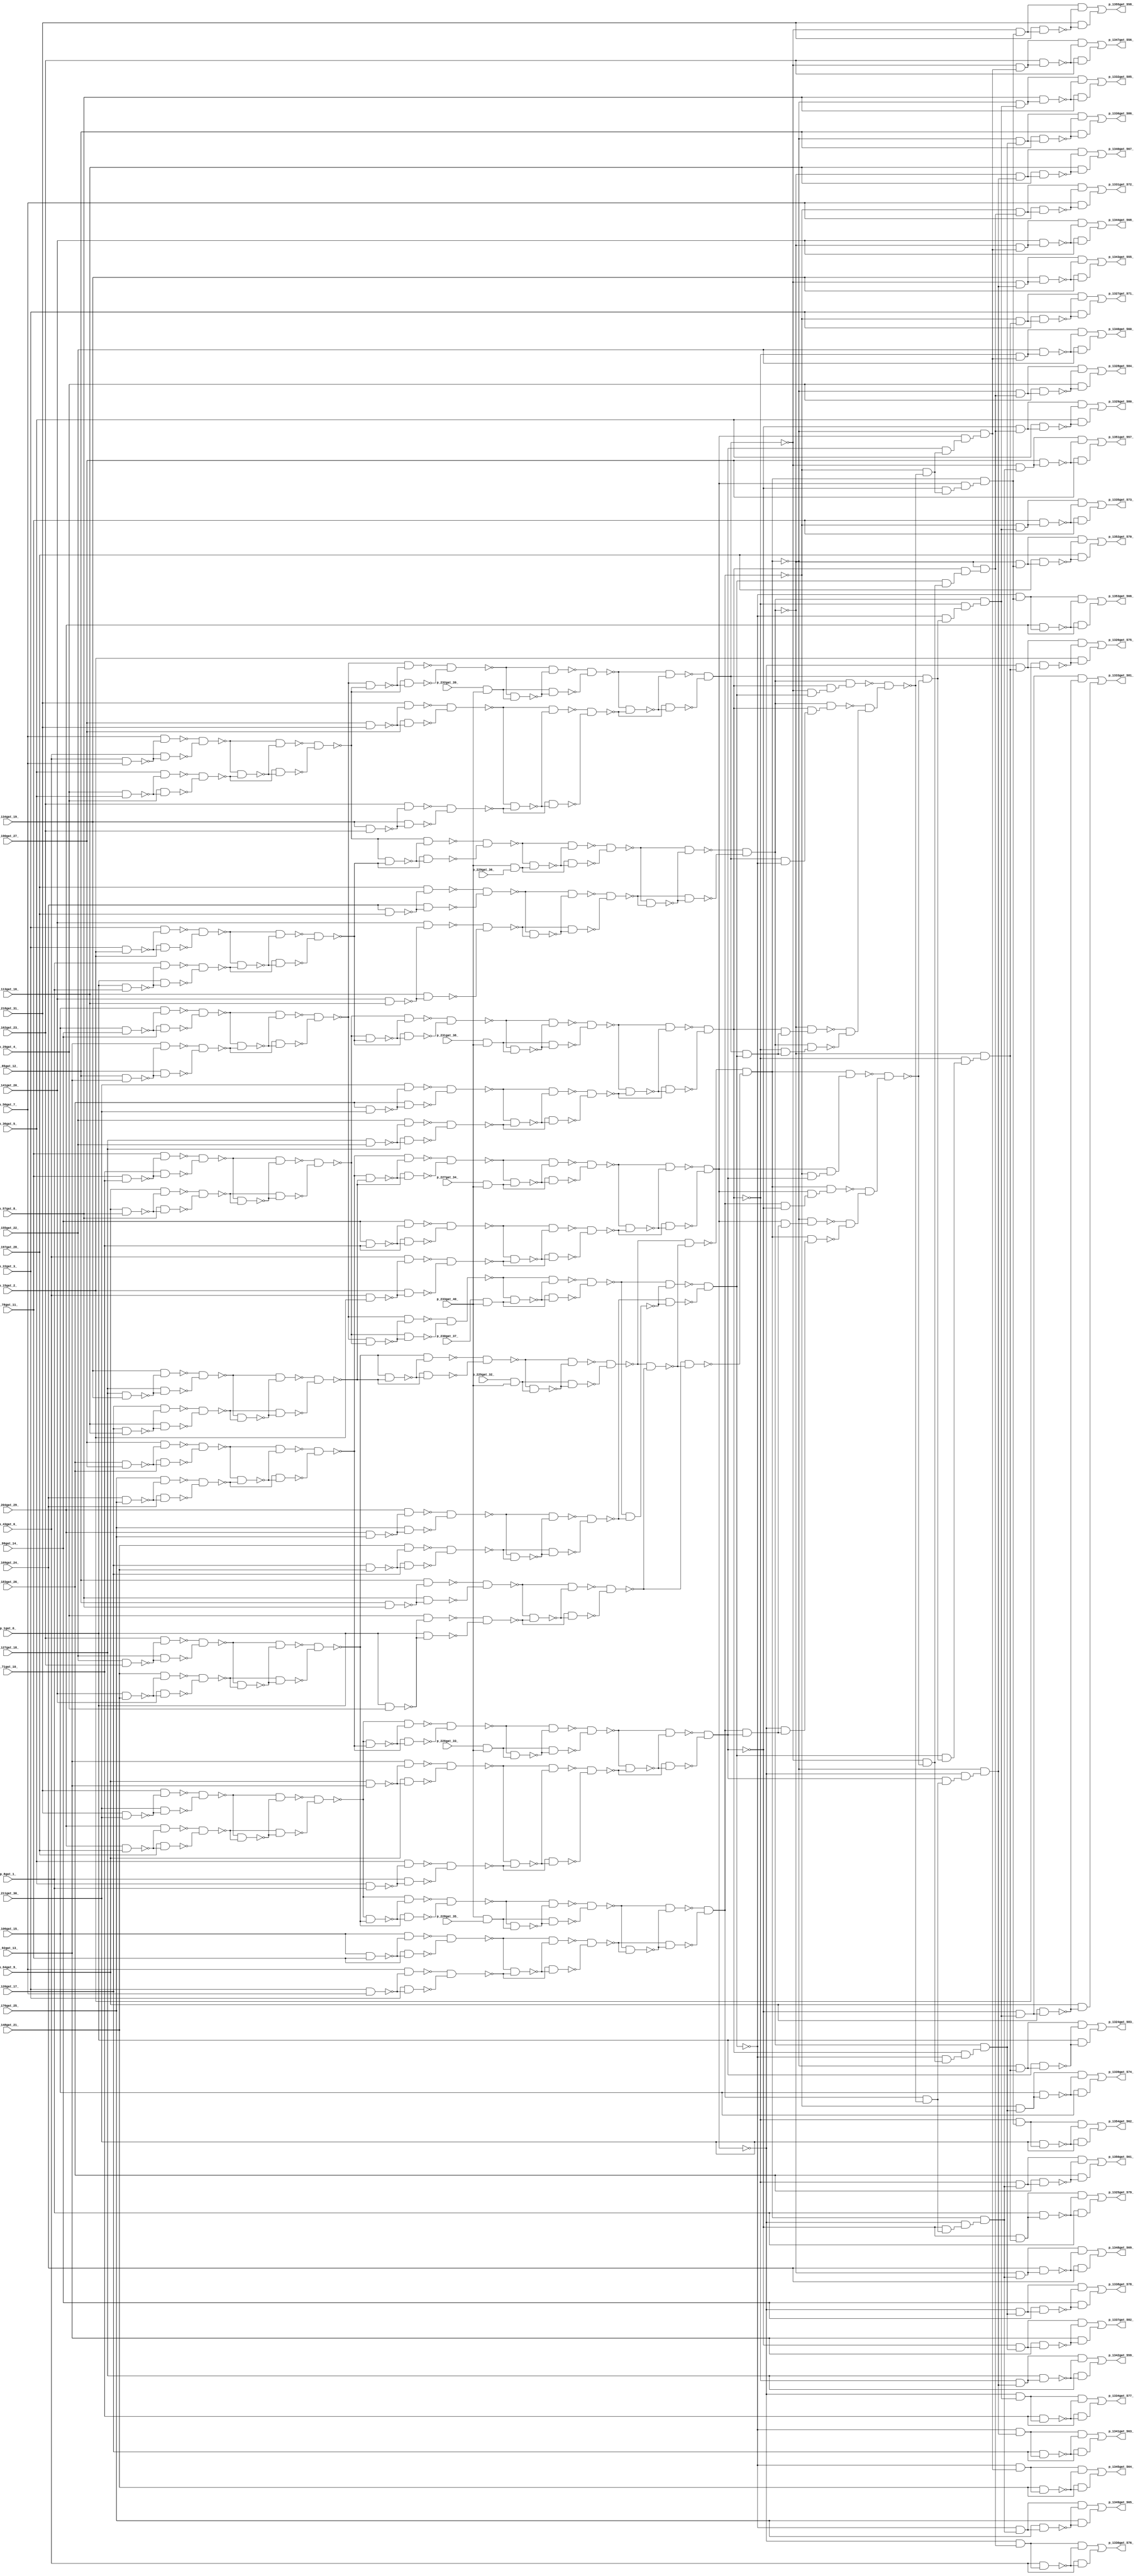
module top ( 
    p_127gat_18_, p_155gat_22_, p_120gat_17_, p_64gat_9_, p_106gat_15_,
    p_204gat_29_, p_1gat_0_, p_43gat_6_, p_85gat_12_, p_141gat_20_,
    p_183gat_26_, p_57gat_8_, p_148gat_21_, p_169gat_24_, p_225gat_32_,
    p_99gat_14_, p_230gat_37_, p_134gat_19_, p_162gat_23_, p_29gat_4_,
    p_78gat_11_, p_226gat_33_, p_22gat_3_, p_231gat_38_, p_36gat_5_,
    p_113gat_16_, p_8gat_1_, p_50gat_7_, p_227gat_34_, p_92gat_13_,
    p_197gat_28_, p_232gat_39_, p_233gat_40_, p_71gat_10_, p_190gat_27_,
    p_15gat_2_, p_228gat_35_, p_176gat_25_, p_218gat_31_, p_211gat_30_,
    p_229gat_36_,
    p_1332gat_585_, p_1331gat_572_, p_1334gat_577_, p_1354gat_562_,
    p_1352gat_570_, p_1336gat_586_, p_1330gat_576_, p_1335gat_573_,
    p_1353gat_566_, p_1329gat_580_, p_1328gat_584_, p_1342gat_559_,
    p_1351gat_557_, p_1333gat_581_, p_1349gat_565_, p_1350gat_561_,
    p_1348gat_569_, p_1347gat_556_, p_1341gat_563_, p_1325gat_579_,
    p_1326gat_575_, p_1344gat_568_, p_1324gat_583_, p_1343gat_555_,
    p_1345gat_564_, p_1337gat_582_, p_1327gat_571_, p_1340gat_567_,
    p_1346gat_560_, p_1339gat_574_, p_1355gat_558_, p_1338gat_578_  );
  input  p_127gat_18_, p_155gat_22_, p_120gat_17_, p_64gat_9_,
    p_106gat_15_, p_204gat_29_, p_1gat_0_, p_43gat_6_, p_85gat_12_,
    p_141gat_20_, p_183gat_26_, p_57gat_8_, p_148gat_21_, p_169gat_24_,
    p_225gat_32_, p_99gat_14_, p_230gat_37_, p_134gat_19_, p_162gat_23_,
    p_29gat_4_, p_78gat_11_, p_226gat_33_, p_22gat_3_, p_231gat_38_,
    p_36gat_5_, p_113gat_16_, p_8gat_1_, p_50gat_7_, p_227gat_34_,
    p_92gat_13_, p_197gat_28_, p_232gat_39_, p_233gat_40_, p_71gat_10_,
    p_190gat_27_, p_15gat_2_, p_228gat_35_, p_176gat_25_, p_218gat_31_,
    p_211gat_30_, p_229gat_36_;
  output p_1332gat_585_, p_1331gat_572_, p_1334gat_577_, p_1354gat_562_,
    p_1352gat_570_, p_1336gat_586_, p_1330gat_576_, p_1335gat_573_,
    p_1353gat_566_, p_1329gat_580_, p_1328gat_584_, p_1342gat_559_,
    p_1351gat_557_, p_1333gat_581_, p_1349gat_565_, p_1350gat_561_,
    p_1348gat_569_, p_1347gat_556_, p_1341gat_563_, p_1325gat_579_,
    p_1326gat_575_, p_1344gat_568_, p_1324gat_583_, p_1343gat_555_,
    p_1345gat_564_, p_1337gat_582_, p_1327gat_571_, p_1340gat_567_,
    p_1346gat_560_, p_1339gat_574_, p_1355gat_558_, p_1338gat_578_;
  wire new_n74_, new_n75_, new_n76_, new_n77_, new_n78_, new_n79_, new_n80_,
    new_n81_, new_n82_, new_n83_, new_n84_, new_n85_, new_n86_, new_n87_,
    new_n88_, new_n89_, new_n90_, new_n91_, new_n92_, new_n93_, new_n94_,
    new_n95_, new_n96_, new_n97_, new_n98_, new_n99_, new_n100_, new_n101_,
    new_n102_, new_n103_, new_n104_, new_n105_, new_n106_, new_n107_,
    new_n108_, new_n109_, new_n110_, new_n111_, new_n112_, new_n113_,
    new_n114_, new_n115_, new_n116_, new_n117_, new_n118_, new_n119_,
    new_n120_, new_n121_, new_n122_, new_n123_, new_n124_, new_n125_,
    new_n126_, new_n127_, new_n128_, new_n129_, new_n130_, new_n131_,
    new_n132_, new_n133_, new_n134_, new_n135_, new_n136_, new_n137_,
    new_n138_, new_n139_, new_n140_, new_n141_, new_n142_, new_n143_,
    new_n144_, new_n145_, new_n146_, new_n147_, new_n148_, new_n149_,
    new_n150_, new_n151_, new_n152_, new_n153_, new_n154_, new_n155_,
    new_n156_, new_n157_, new_n158_, new_n159_, new_n160_, new_n161_,
    new_n162_, new_n163_, new_n164_, new_n165_, new_n166_, new_n167_,
    new_n168_, new_n169_, new_n170_, new_n171_, new_n172_, new_n173_,
    new_n174_, new_n175_, new_n176_, new_n177_, new_n178_, new_n179_,
    new_n180_, new_n181_, new_n182_, new_n183_, new_n184_, new_n185_,
    new_n186_, new_n187_, new_n188_, new_n189_, new_n190_, new_n191_,
    new_n192_, new_n193_, new_n194_, new_n195_, new_n196_, new_n197_,
    new_n198_, new_n199_, new_n200_, new_n201_, new_n202_, new_n203_,
    new_n204_, new_n205_, new_n206_, new_n207_, new_n208_, new_n209_,
    new_n210_, new_n211_, new_n212_, new_n213_, new_n214_, new_n215_,
    new_n216_, new_n217_, new_n218_, new_n219_, new_n220_, new_n221_,
    new_n222_, new_n223_, new_n224_, new_n225_, new_n226_, new_n227_,
    new_n228_, new_n229_, new_n230_, new_n231_, new_n232_, new_n233_,
    new_n234_, new_n235_, new_n236_, new_n237_, new_n238_, new_n239_,
    new_n240_, new_n241_, new_n242_, new_n243_, new_n244_, new_n245_,
    new_n246_, new_n247_, new_n248_, new_n249_, new_n250_, new_n251_,
    new_n252_, new_n253_, new_n254_, new_n255_, new_n256_, new_n257_,
    new_n258_, new_n259_, new_n260_, new_n261_, new_n262_, new_n263_,
    new_n264_, new_n265_, new_n266_, new_n267_, new_n268_, new_n269_,
    new_n270_, new_n271_, new_n272_, new_n273_, new_n274_, new_n275_,
    new_n276_, new_n277_, new_n278_, new_n279_, new_n280_, new_n281_,
    new_n282_, new_n283_, new_n284_, new_n285_, new_n286_, new_n287_,
    new_n288_, new_n289_, new_n290_, new_n291_, new_n292_, new_n293_,
    new_n294_, new_n295_, new_n296_, new_n297_, new_n298_, new_n299_,
    new_n300_, new_n301_, new_n302_, new_n303_, new_n304_, new_n305_,
    new_n306_, new_n307_, new_n308_, new_n309_, new_n310_, new_n311_,
    new_n312_, new_n313_, new_n314_, new_n315_, new_n316_, new_n317_,
    new_n318_, new_n319_, new_n320_, new_n321_, new_n322_, new_n323_,
    new_n324_, new_n325_, new_n326_, new_n327_, new_n328_, new_n329_,
    new_n330_, new_n331_, new_n332_, new_n333_, new_n334_, new_n335_,
    new_n336_, new_n337_, new_n338_, new_n339_, new_n340_, new_n341_,
    new_n342_, new_n343_, new_n344_, new_n345_, new_n346_, new_n347_,
    new_n348_, new_n349_, new_n350_, new_n351_, new_n352_, new_n353_,
    new_n354_, new_n355_, new_n356_, new_n357_, new_n358_, new_n359_,
    new_n360_, new_n361_, new_n362_, new_n363_, new_n364_, new_n365_,
    new_n366_, new_n367_, new_n368_, new_n369_, new_n370_, new_n371_,
    new_n372_, new_n373_, new_n374_, new_n375_, new_n376_, new_n377_,
    new_n378_, new_n379_, new_n380_, new_n381_, new_n382_, new_n383_,
    new_n384_, new_n385_, new_n386_, new_n387_, new_n388_, new_n389_,
    new_n390_, new_n391_, new_n393_, new_n394_, new_n395_, new_n396_,
    new_n397_, new_n398_, new_n399_, new_n400_, new_n402_, new_n403_,
    new_n404_, new_n405_, new_n407_, new_n408_, new_n409_, new_n410_,
    new_n411_, new_n412_, new_n413_, new_n414_, new_n415_, new_n416_,
    new_n417_, new_n418_, new_n419_, new_n420_, new_n421_, new_n422_,
    new_n423_, new_n424_, new_n425_, new_n426_, new_n427_, new_n428_,
    new_n430_, new_n431_, new_n432_, new_n433_, new_n435_, new_n436_,
    new_n437_, new_n438_, new_n439_, new_n440_, new_n441_, new_n443_,
    new_n444_, new_n445_, new_n446_, new_n448_, new_n449_, new_n450_,
    new_n451_, new_n453_, new_n454_, new_n455_, new_n456_, new_n458_,
    new_n459_, new_n460_, new_n461_, new_n463_, new_n464_, new_n465_,
    new_n466_, new_n468_, new_n469_, new_n470_, new_n471_, new_n472_,
    new_n473_, new_n474_, new_n475_, new_n477_, new_n478_, new_n479_,
    new_n480_, new_n481_, new_n482_, new_n483_, new_n485_, new_n486_,
    new_n487_, new_n488_, new_n490_, new_n491_, new_n492_, new_n493_,
    new_n495_, new_n496_, new_n497_, new_n498_, new_n500_, new_n501_,
    new_n502_, new_n503_, new_n505_, new_n506_, new_n507_, new_n508_,
    new_n509_, new_n510_, new_n511_, new_n513_, new_n514_, new_n515_,
    new_n516_, new_n518_, new_n519_, new_n520_, new_n521_, new_n522_,
    new_n523_, new_n524_, new_n526_, new_n527_, new_n528_, new_n529_,
    new_n531_, new_n532_, new_n533_, new_n534_, new_n536_, new_n537_,
    new_n538_, new_n539_, new_n541_, new_n542_, new_n543_, new_n544_,
    new_n546_, new_n547_, new_n548_, new_n549_, new_n551_, new_n552_,
    new_n553_, new_n554_, new_n556_, new_n557_, new_n558_, new_n559_,
    new_n561_, new_n562_, new_n563_, new_n564_, new_n566_, new_n567_,
    new_n568_, new_n569_, new_n571_, new_n572_, new_n573_, new_n574_,
    new_n576_, new_n577_, new_n578_, new_n579_, new_n581_, new_n582_,
    new_n583_, new_n584_;
  assign new_n74_ = p_106gat_15_ & p_99gat_14_;
  assign new_n75_ = p_106gat_15_ & ~new_n74_;
  assign new_n76_ = p_99gat_14_ & ~new_n74_;
  assign new_n77_ = ~new_n75_ & ~new_n76_;
  assign new_n78_ = p_85gat_12_ & p_92gat_13_;
  assign new_n79_ = p_92gat_13_ & ~new_n78_;
  assign new_n80_ = p_85gat_12_ & ~new_n78_;
  assign new_n81_ = ~new_n79_ & ~new_n80_;
  assign new_n82_ = ~new_n77_ & ~new_n81_;
  assign new_n83_ = ~new_n77_ & ~new_n82_;
  assign new_n84_ = ~new_n81_ & ~new_n82_;
  assign new_n85_ = ~new_n83_ & ~new_n84_;
  assign new_n86_ = p_43gat_6_ & p_50gat_7_;
  assign new_n87_ = p_50gat_7_ & ~new_n86_;
  assign new_n88_ = p_43gat_6_ & ~new_n86_;
  assign new_n89_ = ~new_n87_ & ~new_n88_;
  assign new_n90_ = p_29gat_4_ & p_36gat_5_;
  assign new_n91_ = p_36gat_5_ & ~new_n90_;
  assign new_n92_ = p_29gat_4_ & ~new_n90_;
  assign new_n93_ = ~new_n91_ & ~new_n92_;
  assign new_n94_ = ~new_n89_ & ~new_n93_;
  assign new_n95_ = ~new_n89_ & ~new_n94_;
  assign new_n96_ = ~new_n93_ & ~new_n94_;
  assign new_n97_ = ~new_n95_ & ~new_n96_;
  assign new_n98_ = ~new_n85_ & ~new_n97_;
  assign new_n99_ = ~new_n85_ & ~new_n98_;
  assign new_n100_ = ~new_n97_ & ~new_n98_;
  assign new_n101_ = ~new_n99_ & ~new_n100_;
  assign new_n102_ = p_232gat_39_ & p_233gat_40_;
  assign new_n103_ = ~new_n101_ & new_n102_;
  assign new_n104_ = ~new_n101_ & ~new_n103_;
  assign new_n105_ = new_n102_ & ~new_n103_;
  assign new_n106_ = ~new_n104_ & ~new_n105_;
  assign new_n107_ = p_190gat_27_ & p_218gat_31_;
  assign new_n108_ = p_218gat_31_ & ~new_n107_;
  assign new_n109_ = p_190gat_27_ & ~new_n107_;
  assign new_n110_ = ~new_n108_ & ~new_n109_;
  assign new_n111_ = p_134gat_19_ & p_162gat_23_;
  assign new_n112_ = p_162gat_23_ & ~new_n111_;
  assign new_n113_ = p_134gat_19_ & ~new_n111_;
  assign new_n114_ = ~new_n112_ & ~new_n113_;
  assign new_n115_ = ~new_n110_ & ~new_n114_;
  assign new_n116_ = ~new_n110_ & ~new_n115_;
  assign new_n117_ = ~new_n114_ & ~new_n115_;
  assign new_n118_ = ~new_n116_ & ~new_n117_;
  assign new_n119_ = ~new_n106_ & ~new_n118_;
  assign new_n120_ = ~new_n106_ & ~new_n119_;
  assign new_n121_ = ~new_n118_ & ~new_n119_;
  assign new_n122_ = ~new_n120_ & ~new_n121_;
  assign new_n123_ = p_218gat_31_ & p_211gat_30_;
  assign new_n124_ = p_218gat_31_ & ~new_n123_;
  assign new_n125_ = p_211gat_30_ & ~new_n123_;
  assign new_n126_ = ~new_n124_ & ~new_n125_;
  assign new_n127_ = p_204gat_29_ & p_197gat_28_;
  assign new_n128_ = p_204gat_29_ & ~new_n127_;
  assign new_n129_ = p_197gat_28_ & ~new_n127_;
  assign new_n130_ = ~new_n128_ & ~new_n129_;
  assign new_n131_ = ~new_n126_ & ~new_n130_;
  assign new_n132_ = ~new_n126_ & ~new_n131_;
  assign new_n133_ = ~new_n130_ & ~new_n131_;
  assign new_n134_ = ~new_n132_ & ~new_n133_;
  assign new_n135_ = p_155gat_22_ & p_162gat_23_;
  assign new_n136_ = p_162gat_23_ & ~new_n135_;
  assign new_n137_ = p_155gat_22_ & ~new_n135_;
  assign new_n138_ = ~new_n136_ & ~new_n137_;
  assign new_n139_ = p_141gat_20_ & p_148gat_21_;
  assign new_n140_ = p_148gat_21_ & ~new_n139_;
  assign new_n141_ = p_141gat_20_ & ~new_n139_;
  assign new_n142_ = ~new_n140_ & ~new_n141_;
  assign new_n143_ = ~new_n138_ & ~new_n142_;
  assign new_n144_ = ~new_n138_ & ~new_n143_;
  assign new_n145_ = ~new_n142_ & ~new_n143_;
  assign new_n146_ = ~new_n144_ & ~new_n145_;
  assign new_n147_ = ~new_n134_ & ~new_n146_;
  assign new_n148_ = ~new_n134_ & ~new_n147_;
  assign new_n149_ = ~new_n146_ & ~new_n147_;
  assign new_n150_ = ~new_n148_ & ~new_n149_;
  assign new_n151_ = p_233gat_40_ & p_228gat_35_;
  assign new_n152_ = ~new_n150_ & new_n151_;
  assign new_n153_ = ~new_n150_ & ~new_n152_;
  assign new_n154_ = new_n151_ & ~new_n152_;
  assign new_n155_ = ~new_n153_ & ~new_n154_;
  assign new_n156_ = p_106gat_15_ & p_78gat_11_;
  assign new_n157_ = p_106gat_15_ & ~new_n156_;
  assign new_n158_ = p_78gat_11_ & ~new_n156_;
  assign new_n159_ = ~new_n157_ & ~new_n158_;
  assign new_n160_ = p_22gat_3_ & p_50gat_7_;
  assign new_n161_ = p_50gat_7_ & ~new_n160_;
  assign new_n162_ = p_22gat_3_ & ~new_n160_;
  assign new_n163_ = ~new_n161_ & ~new_n162_;
  assign new_n164_ = ~new_n159_ & ~new_n163_;
  assign new_n165_ = ~new_n159_ & ~new_n164_;
  assign new_n166_ = ~new_n163_ & ~new_n164_;
  assign new_n167_ = ~new_n165_ & ~new_n166_;
  assign new_n168_ = ~new_n155_ & ~new_n167_;
  assign new_n169_ = ~new_n155_ & ~new_n168_;
  assign new_n170_ = ~new_n167_ & ~new_n168_;
  assign new_n171_ = ~new_n169_ & ~new_n170_;
  assign new_n172_ = p_183gat_26_ & p_190gat_27_;
  assign new_n173_ = p_190gat_27_ & ~new_n172_;
  assign new_n174_ = p_183gat_26_ & ~new_n172_;
  assign new_n175_ = ~new_n173_ & ~new_n174_;
  assign new_n176_ = p_169gat_24_ & p_176gat_25_;
  assign new_n177_ = p_176gat_25_ & ~new_n176_;
  assign new_n178_ = p_169gat_24_ & ~new_n176_;
  assign new_n179_ = ~new_n177_ & ~new_n178_;
  assign new_n180_ = ~new_n175_ & ~new_n179_;
  assign new_n181_ = ~new_n175_ & ~new_n180_;
  assign new_n182_ = ~new_n179_ & ~new_n180_;
  assign new_n183_ = ~new_n181_ & ~new_n182_;
  assign new_n184_ = ~new_n134_ & ~new_n183_;
  assign new_n185_ = ~new_n134_ & ~new_n184_;
  assign new_n186_ = ~new_n183_ & ~new_n184_;
  assign new_n187_ = ~new_n185_ & ~new_n186_;
  assign new_n188_ = p_226gat_33_ & p_233gat_40_;
  assign new_n189_ = ~new_n187_ & new_n188_;
  assign new_n190_ = ~new_n187_ & ~new_n189_;
  assign new_n191_ = new_n188_ & ~new_n189_;
  assign new_n192_ = ~new_n190_ & ~new_n191_;
  assign new_n193_ = p_64gat_9_ & p_92gat_13_;
  assign new_n194_ = p_92gat_13_ & ~new_n193_;
  assign new_n195_ = p_64gat_9_ & ~new_n193_;
  assign new_n196_ = ~new_n194_ & ~new_n195_;
  assign new_n197_ = p_36gat_5_ & p_8gat_1_;
  assign new_n198_ = p_36gat_5_ & ~new_n197_;
  assign new_n199_ = p_8gat_1_ & ~new_n197_;
  assign new_n200_ = ~new_n198_ & ~new_n199_;
  assign new_n201_ = ~new_n196_ & ~new_n200_;
  assign new_n202_ = ~new_n196_ & ~new_n201_;
  assign new_n203_ = ~new_n200_ & ~new_n201_;
  assign new_n204_ = ~new_n202_ & ~new_n203_;
  assign new_n205_ = ~new_n192_ & ~new_n204_;
  assign new_n206_ = ~new_n192_ & ~new_n205_;
  assign new_n207_ = ~new_n204_ & ~new_n205_;
  assign new_n208_ = ~new_n206_ & ~new_n207_;
  assign new_n209_ = p_127gat_18_ & p_134gat_19_;
  assign new_n210_ = p_134gat_19_ & ~new_n209_;
  assign new_n211_ = p_127gat_18_ & ~new_n209_;
  assign new_n212_ = ~new_n210_ & ~new_n211_;
  assign new_n213_ = p_120gat_17_ & p_113gat_16_;
  assign new_n214_ = p_120gat_17_ & ~new_n213_;
  assign new_n215_ = p_113gat_16_ & ~new_n213_;
  assign new_n216_ = ~new_n214_ & ~new_n215_;
  assign new_n217_ = ~new_n212_ & ~new_n216_;
  assign new_n218_ = ~new_n212_ & ~new_n217_;
  assign new_n219_ = ~new_n216_ & ~new_n217_;
  assign new_n220_ = ~new_n218_ & ~new_n219_;
  assign new_n221_ = ~new_n183_ & ~new_n220_;
  assign new_n222_ = ~new_n183_ & ~new_n221_;
  assign new_n223_ = ~new_n220_ & ~new_n221_;
  assign new_n224_ = ~new_n222_ & ~new_n223_;
  assign new_n225_ = p_227gat_34_ & p_233gat_40_;
  assign new_n226_ = ~new_n224_ & new_n225_;
  assign new_n227_ = ~new_n224_ & ~new_n226_;
  assign new_n228_ = new_n225_ & ~new_n226_;
  assign new_n229_ = ~new_n227_ & ~new_n228_;
  assign new_n230_ = p_99gat_14_ & p_71gat_10_;
  assign new_n231_ = p_99gat_14_ & ~new_n230_;
  assign new_n232_ = p_71gat_10_ & ~new_n230_;
  assign new_n233_ = ~new_n231_ & ~new_n232_;
  assign new_n234_ = p_43gat_6_ & p_15gat_2_;
  assign new_n235_ = p_43gat_6_ & ~new_n234_;
  assign new_n236_ = p_15gat_2_ & ~new_n234_;
  assign new_n237_ = ~new_n235_ & ~new_n236_;
  assign new_n238_ = ~new_n233_ & ~new_n237_;
  assign new_n239_ = ~new_n233_ & ~new_n238_;
  assign new_n240_ = ~new_n237_ & ~new_n238_;
  assign new_n241_ = ~new_n239_ & ~new_n240_;
  assign new_n242_ = ~new_n229_ & ~new_n241_;
  assign new_n243_ = ~new_n229_ & ~new_n242_;
  assign new_n244_ = ~new_n241_ & ~new_n242_;
  assign new_n245_ = ~new_n243_ & ~new_n244_;
  assign new_n246_ = ~new_n146_ & ~new_n220_;
  assign new_n247_ = ~new_n146_ & ~new_n246_;
  assign new_n248_ = ~new_n220_ & ~new_n246_;
  assign new_n249_ = ~new_n247_ & ~new_n248_;
  assign new_n250_ = p_225gat_32_ & p_233gat_40_;
  assign new_n251_ = ~new_n249_ & new_n250_;
  assign new_n252_ = ~new_n249_ & ~new_n251_;
  assign new_n253_ = new_n250_ & ~new_n251_;
  assign new_n254_ = ~new_n252_ & ~new_n253_;
  assign new_n255_ = p_85gat_12_ & p_57gat_8_;
  assign new_n256_ = p_85gat_12_ & ~new_n255_;
  assign new_n257_ = p_57gat_8_ & ~new_n255_;
  assign new_n258_ = ~new_n256_ & ~new_n257_;
  assign new_n259_ = p_1gat_0_ & p_29gat_4_;
  assign new_n260_ = p_29gat_4_ & ~new_n259_;
  assign new_n261_ = p_1gat_0_ & ~new_n259_;
  assign new_n262_ = ~new_n260_ & ~new_n261_;
  assign new_n263_ = ~new_n258_ & ~new_n262_;
  assign new_n264_ = ~new_n258_ & ~new_n263_;
  assign new_n265_ = ~new_n262_ & ~new_n263_;
  assign new_n266_ = ~new_n264_ & ~new_n265_;
  assign new_n267_ = ~new_n254_ & ~new_n266_;
  assign new_n268_ = ~new_n254_ & ~new_n267_;
  assign new_n269_ = ~new_n266_ & ~new_n267_;
  assign new_n270_ = ~new_n268_ & ~new_n269_;
  assign new_n271_ = new_n171_ & new_n208_;
  assign new_n272_ = new_n245_ & new_n271_;
  assign new_n273_ = ~new_n270_ & new_n272_;
  assign new_n274_ = ~new_n245_ & new_n271_;
  assign new_n275_ = new_n270_ & new_n274_;
  assign new_n276_ = new_n171_ & ~new_n208_;
  assign new_n277_ = new_n245_ & new_n276_;
  assign new_n278_ = new_n270_ & new_n277_;
  assign new_n279_ = ~new_n171_ & new_n208_;
  assign new_n280_ = new_n245_ & new_n279_;
  assign new_n281_ = new_n270_ & new_n280_;
  assign new_n282_ = ~new_n273_ & ~new_n275_;
  assign new_n283_ = ~new_n278_ & new_n282_;
  assign new_n284_ = ~new_n281_ & new_n283_;
  assign new_n285_ = p_78gat_11_ & p_71gat_10_;
  assign new_n286_ = p_78gat_11_ & ~new_n285_;
  assign new_n287_ = p_71gat_10_ & ~new_n285_;
  assign new_n288_ = ~new_n286_ & ~new_n287_;
  assign new_n289_ = p_64gat_9_ & p_57gat_8_;
  assign new_n290_ = p_64gat_9_ & ~new_n289_;
  assign new_n291_ = p_57gat_8_ & ~new_n289_;
  assign new_n292_ = ~new_n290_ & ~new_n291_;
  assign new_n293_ = ~new_n288_ & ~new_n292_;
  assign new_n294_ = ~new_n288_ & ~new_n293_;
  assign new_n295_ = ~new_n292_ & ~new_n293_;
  assign new_n296_ = ~new_n294_ & ~new_n295_;
  assign new_n297_ = ~new_n85_ & ~new_n296_;
  assign new_n298_ = ~new_n85_ & ~new_n297_;
  assign new_n299_ = ~new_n296_ & ~new_n297_;
  assign new_n300_ = ~new_n298_ & ~new_n299_;
  assign new_n301_ = p_230gat_37_ & p_233gat_40_;
  assign new_n302_ = ~new_n300_ & new_n301_;
  assign new_n303_ = ~new_n300_ & ~new_n302_;
  assign new_n304_ = new_n301_ & ~new_n302_;
  assign new_n305_ = ~new_n303_ & ~new_n304_;
  assign new_n306_ = p_204gat_29_ & p_176gat_25_;
  assign new_n307_ = p_204gat_29_ & ~new_n306_;
  assign new_n308_ = p_176gat_25_ & ~new_n306_;
  assign new_n309_ = ~new_n307_ & ~new_n308_;
  assign new_n310_ = p_120gat_17_ & p_148gat_21_;
  assign new_n311_ = p_148gat_21_ & ~new_n310_;
  assign new_n312_ = p_120gat_17_ & ~new_n310_;
  assign new_n313_ = ~new_n311_ & ~new_n312_;
  assign new_n314_ = ~new_n309_ & ~new_n313_;
  assign new_n315_ = ~new_n309_ & ~new_n314_;
  assign new_n316_ = ~new_n313_ & ~new_n314_;
  assign new_n317_ = ~new_n315_ & ~new_n316_;
  assign new_n318_ = ~new_n305_ & ~new_n317_;
  assign new_n319_ = ~new_n305_ & ~new_n318_;
  assign new_n320_ = ~new_n317_ & ~new_n318_;
  assign new_n321_ = ~new_n319_ & ~new_n320_;
  assign new_n322_ = p_22gat_3_ & p_15gat_2_;
  assign new_n323_ = p_22gat_3_ & ~new_n322_;
  assign new_n324_ = p_15gat_2_ & ~new_n322_;
  assign new_n325_ = ~new_n323_ & ~new_n324_;
  assign new_n326_ = p_1gat_0_ & p_8gat_1_;
  assign new_n327_ = p_8gat_1_ & ~new_n326_;
  assign new_n328_ = p_1gat_0_ & ~new_n326_;
  assign new_n329_ = ~new_n327_ & ~new_n328_;
  assign new_n330_ = ~new_n325_ & ~new_n329_;
  assign new_n331_ = ~new_n325_ & ~new_n330_;
  assign new_n332_ = ~new_n329_ & ~new_n330_;
  assign new_n333_ = ~new_n331_ & ~new_n332_;
  assign new_n334_ = ~new_n296_ & ~new_n333_;
  assign new_n335_ = ~new_n296_ & ~new_n334_;
  assign new_n336_ = ~new_n333_ & ~new_n334_;
  assign new_n337_ = ~new_n335_ & ~new_n336_;
  assign new_n338_ = p_231gat_38_ & p_233gat_40_;
  assign new_n339_ = ~new_n337_ & new_n338_;
  assign new_n340_ = ~new_n337_ & ~new_n339_;
  assign new_n341_ = new_n338_ & ~new_n339_;
  assign new_n342_ = ~new_n340_ & ~new_n341_;
  assign new_n343_ = p_183gat_26_ & p_211gat_30_;
  assign new_n344_ = p_211gat_30_ & ~new_n343_;
  assign new_n345_ = p_183gat_26_ & ~new_n343_;
  assign new_n346_ = ~new_n344_ & ~new_n345_;
  assign new_n347_ = p_127gat_18_ & p_155gat_22_;
  assign new_n348_ = p_155gat_22_ & ~new_n347_;
  assign new_n349_ = p_127gat_18_ & ~new_n347_;
  assign new_n350_ = ~new_n348_ & ~new_n349_;
  assign new_n351_ = ~new_n346_ & ~new_n350_;
  assign new_n352_ = ~new_n346_ & ~new_n351_;
  assign new_n353_ = ~new_n350_ & ~new_n351_;
  assign new_n354_ = ~new_n352_ & ~new_n353_;
  assign new_n355_ = ~new_n342_ & ~new_n354_;
  assign new_n356_ = ~new_n342_ & ~new_n355_;
  assign new_n357_ = ~new_n354_ & ~new_n355_;
  assign new_n358_ = ~new_n356_ & ~new_n357_;
  assign new_n359_ = ~new_n97_ & ~new_n333_;
  assign new_n360_ = ~new_n97_ & ~new_n359_;
  assign new_n361_ = ~new_n333_ & ~new_n359_;
  assign new_n362_ = ~new_n360_ & ~new_n361_;
  assign new_n363_ = p_233gat_40_ & p_229gat_36_;
  assign new_n364_ = ~new_n362_ & new_n363_;
  assign new_n365_ = ~new_n362_ & ~new_n364_;
  assign new_n366_ = new_n363_ & ~new_n364_;
  assign new_n367_ = ~new_n365_ & ~new_n366_;
  assign new_n368_ = p_169gat_24_ & p_197gat_28_;
  assign new_n369_ = p_197gat_28_ & ~new_n368_;
  assign new_n370_ = p_169gat_24_ & ~new_n368_;
  assign new_n371_ = ~new_n369_ & ~new_n370_;
  assign new_n372_ = p_141gat_20_ & p_113gat_16_;
  assign new_n373_ = p_141gat_20_ & ~new_n372_;
  assign new_n374_ = p_113gat_16_ & ~new_n372_;
  assign new_n375_ = ~new_n373_ & ~new_n374_;
  assign new_n376_ = ~new_n371_ & ~new_n375_;
  assign new_n377_ = ~new_n371_ & ~new_n376_;
  assign new_n378_ = ~new_n375_ & ~new_n376_;
  assign new_n379_ = ~new_n377_ & ~new_n378_;
  assign new_n380_ = ~new_n367_ & ~new_n379_;
  assign new_n381_ = ~new_n367_ & ~new_n380_;
  assign new_n382_ = ~new_n379_ & ~new_n380_;
  assign new_n383_ = ~new_n381_ & ~new_n382_;
  assign new_n384_ = new_n122_ & ~new_n284_;
  assign new_n385_ = ~new_n321_ & new_n384_;
  assign new_n386_ = ~new_n358_ & new_n385_;
  assign new_n387_ = new_n383_ & new_n386_;
  assign new_n388_ = ~new_n270_ & new_n387_;
  assign new_n389_ = p_57gat_8_ & new_n388_;
  assign new_n390_ = new_n388_ & ~new_n389_;
  assign new_n391_ = p_57gat_8_ & ~new_n389_;
  assign p_1332gat_585_ = new_n390_ | new_n391_;
  assign new_n393_ = ~new_n122_ & ~new_n284_;
  assign new_n394_ = new_n321_ & new_n393_;
  assign new_n395_ = new_n358_ & new_n394_;
  assign new_n396_ = ~new_n383_ & new_n395_;
  assign new_n397_ = ~new_n171_ & new_n396_;
  assign new_n398_ = p_50gat_7_ & new_n397_;
  assign new_n399_ = new_n397_ & ~new_n398_;
  assign new_n400_ = p_50gat_7_ & ~new_n398_;
  assign p_1331gat_572_ = new_n399_ | new_n400_;
  assign new_n402_ = ~new_n245_ & new_n387_;
  assign new_n403_ = p_71gat_10_ & new_n402_;
  assign new_n404_ = new_n402_ & ~new_n403_;
  assign new_n405_ = p_71gat_10_ & ~new_n403_;
  assign p_1334gat_577_ = new_n404_ | new_n405_;
  assign new_n407_ = new_n122_ & new_n321_;
  assign new_n408_ = new_n358_ & new_n407_;
  assign new_n409_ = ~new_n383_ & new_n408_;
  assign new_n410_ = ~new_n358_ & new_n407_;
  assign new_n411_ = new_n383_ & new_n410_;
  assign new_n412_ = new_n122_ & ~new_n321_;
  assign new_n413_ = new_n358_ & new_n412_;
  assign new_n414_ = new_n383_ & new_n413_;
  assign new_n415_ = ~new_n122_ & new_n321_;
  assign new_n416_ = new_n358_ & new_n415_;
  assign new_n417_ = new_n383_ & new_n416_;
  assign new_n418_ = ~new_n409_ & ~new_n411_;
  assign new_n419_ = ~new_n414_ & new_n418_;
  assign new_n420_ = ~new_n417_ & new_n419_;
  assign new_n421_ = ~new_n171_ & ~new_n420_;
  assign new_n422_ = ~new_n208_ & new_n421_;
  assign new_n423_ = new_n245_ & new_n422_;
  assign new_n424_ = new_n270_ & new_n423_;
  assign new_n425_ = ~new_n358_ & new_n424_;
  assign new_n426_ = p_211gat_30_ & new_n425_;
  assign new_n427_ = new_n425_ & ~new_n426_;
  assign new_n428_ = p_211gat_30_ & ~new_n426_;
  assign p_1354gat_562_ = new_n427_ | new_n428_;
  assign new_n430_ = ~new_n383_ & new_n424_;
  assign new_n431_ = p_197gat_28_ & new_n430_;
  assign new_n432_ = new_n430_ & ~new_n431_;
  assign new_n433_ = p_197gat_28_ & ~new_n431_;
  assign p_1352gat_570_ = new_n432_ | new_n433_;
  assign new_n435_ = ~new_n321_ & new_n393_;
  assign new_n436_ = new_n358_ & new_n435_;
  assign new_n437_ = new_n383_ & new_n436_;
  assign new_n438_ = ~new_n270_ & new_n437_;
  assign new_n439_ = p_85gat_12_ & new_n438_;
  assign new_n440_ = new_n438_ & ~new_n439_;
  assign new_n441_ = p_85gat_12_ & ~new_n439_;
  assign p_1336gat_586_ = new_n440_ | new_n441_;
  assign new_n443_ = ~new_n245_ & new_n396_;
  assign new_n444_ = p_43gat_6_ & new_n443_;
  assign new_n445_ = new_n443_ & ~new_n444_;
  assign new_n446_ = p_43gat_6_ & ~new_n444_;
  assign p_1330gat_576_ = new_n445_ | new_n446_;
  assign new_n448_ = ~new_n171_ & new_n387_;
  assign new_n449_ = p_78gat_11_ & new_n448_;
  assign new_n450_ = new_n448_ & ~new_n449_;
  assign new_n451_ = p_78gat_11_ & ~new_n449_;
  assign p_1335gat_573_ = new_n450_ | new_n451_;
  assign new_n453_ = ~new_n321_ & new_n424_;
  assign new_n454_ = p_204gat_29_ & new_n453_;
  assign new_n455_ = new_n453_ & ~new_n454_;
  assign new_n456_ = p_204gat_29_ & ~new_n454_;
  assign p_1353gat_566_ = new_n455_ | new_n456_;
  assign new_n458_ = ~new_n208_ & new_n396_;
  assign new_n459_ = p_36gat_5_ & new_n458_;
  assign new_n460_ = new_n458_ & ~new_n459_;
  assign new_n461_ = p_36gat_5_ & ~new_n459_;
  assign p_1329gat_580_ = new_n460_ | new_n461_;
  assign new_n463_ = ~new_n270_ & new_n396_;
  assign new_n464_ = p_29gat_4_ & new_n463_;
  assign new_n465_ = new_n463_ & ~new_n464_;
  assign new_n466_ = p_29gat_4_ & ~new_n464_;
  assign p_1328gat_584_ = new_n465_ | new_n466_;
  assign new_n468_ = new_n171_ & ~new_n420_;
  assign new_n469_ = new_n208_ & new_n468_;
  assign new_n470_ = ~new_n245_ & new_n469_;
  assign new_n471_ = ~new_n270_ & new_n470_;
  assign new_n472_ = ~new_n358_ & new_n471_;
  assign new_n473_ = p_127gat_18_ & new_n472_;
  assign new_n474_ = new_n472_ & ~new_n473_;
  assign new_n475_ = p_127gat_18_ & ~new_n473_;
  assign p_1342gat_559_ = new_n474_ | new_n475_;
  assign new_n477_ = ~new_n208_ & new_n468_;
  assign new_n478_ = ~new_n245_ & new_n477_;
  assign new_n479_ = new_n270_ & new_n478_;
  assign new_n480_ = ~new_n122_ & new_n479_;
  assign new_n481_ = p_190gat_27_ & new_n480_;
  assign new_n482_ = new_n480_ & ~new_n481_;
  assign new_n483_ = p_190gat_27_ & ~new_n481_;
  assign p_1351gat_557_ = new_n482_ | new_n483_;
  assign new_n485_ = ~new_n208_ & new_n387_;
  assign new_n486_ = p_64gat_9_ & new_n485_;
  assign new_n487_ = new_n485_ & ~new_n486_;
  assign new_n488_ = p_64gat_9_ & ~new_n486_;
  assign p_1333gat_581_ = new_n487_ | new_n488_;
  assign new_n490_ = ~new_n321_ & new_n479_;
  assign new_n491_ = p_176gat_25_ & new_n490_;
  assign new_n492_ = new_n490_ & ~new_n491_;
  assign new_n493_ = p_176gat_25_ & ~new_n491_;
  assign p_1349gat_565_ = new_n492_ | new_n493_;
  assign new_n495_ = ~new_n358_ & new_n479_;
  assign new_n496_ = p_183gat_26_ & new_n495_;
  assign new_n497_ = new_n495_ & ~new_n496_;
  assign new_n498_ = p_183gat_26_ & ~new_n496_;
  assign p_1350gat_561_ = new_n497_ | new_n498_;
  assign new_n500_ = ~new_n383_ & new_n479_;
  assign new_n501_ = p_169gat_24_ & new_n500_;
  assign new_n502_ = new_n500_ & ~new_n501_;
  assign new_n503_ = p_169gat_24_ & ~new_n501_;
  assign p_1348gat_569_ = new_n502_ | new_n503_;
  assign new_n505_ = new_n208_ & new_n421_;
  assign new_n506_ = new_n245_ & new_n505_;
  assign new_n507_ = ~new_n270_ & new_n506_;
  assign new_n508_ = ~new_n122_ & new_n507_;
  assign new_n509_ = p_162gat_23_ & new_n508_;
  assign new_n510_ = new_n508_ & ~new_n509_;
  assign new_n511_ = p_162gat_23_ & ~new_n509_;
  assign p_1347gat_556_ = new_n510_ | new_n511_;
  assign new_n513_ = ~new_n321_ & new_n471_;
  assign new_n514_ = p_120gat_17_ & new_n513_;
  assign new_n515_ = new_n513_ & ~new_n514_;
  assign new_n516_ = p_120gat_17_ & ~new_n514_;
  assign p_1341gat_563_ = new_n515_ | new_n516_;
  assign new_n518_ = new_n321_ & new_n384_;
  assign new_n519_ = ~new_n358_ & new_n518_;
  assign new_n520_ = ~new_n383_ & new_n519_;
  assign new_n521_ = ~new_n208_ & new_n520_;
  assign new_n522_ = p_8gat_1_ & new_n521_;
  assign new_n523_ = new_n521_ & ~new_n522_;
  assign new_n524_ = p_8gat_1_ & ~new_n522_;
  assign p_1325gat_579_ = new_n523_ | new_n524_;
  assign new_n526_ = ~new_n245_ & new_n520_;
  assign new_n527_ = p_15gat_2_ & new_n526_;
  assign new_n528_ = new_n526_ & ~new_n527_;
  assign new_n529_ = p_15gat_2_ & ~new_n527_;
  assign p_1326gat_575_ = new_n528_ | new_n529_;
  assign new_n531_ = ~new_n383_ & new_n507_;
  assign new_n532_ = p_141gat_20_ & new_n531_;
  assign new_n533_ = new_n531_ & ~new_n532_;
  assign new_n534_ = p_141gat_20_ & ~new_n532_;
  assign p_1344gat_568_ = new_n533_ | new_n534_;
  assign new_n536_ = ~new_n270_ & new_n520_;
  assign new_n537_ = p_1gat_0_ & new_n536_;
  assign new_n538_ = new_n536_ & ~new_n537_;
  assign new_n539_ = p_1gat_0_ & ~new_n537_;
  assign p_1324gat_583_ = new_n538_ | new_n539_;
  assign new_n541_ = ~new_n122_ & new_n471_;
  assign new_n542_ = p_134gat_19_ & new_n541_;
  assign new_n543_ = new_n541_ & ~new_n542_;
  assign new_n544_ = p_134gat_19_ & ~new_n542_;
  assign p_1343gat_555_ = new_n543_ | new_n544_;
  assign new_n546_ = ~new_n321_ & new_n507_;
  assign new_n547_ = p_148gat_21_ & new_n546_;
  assign new_n548_ = new_n546_ & ~new_n547_;
  assign new_n549_ = p_148gat_21_ & ~new_n547_;
  assign p_1345gat_564_ = new_n548_ | new_n549_;
  assign new_n551_ = ~new_n208_ & new_n437_;
  assign new_n552_ = p_92gat_13_ & new_n551_;
  assign new_n553_ = new_n551_ & ~new_n552_;
  assign new_n554_ = p_92gat_13_ & ~new_n552_;
  assign p_1337gat_582_ = new_n553_ | new_n554_;
  assign new_n556_ = ~new_n171_ & new_n520_;
  assign new_n557_ = p_22gat_3_ & new_n556_;
  assign new_n558_ = new_n556_ & ~new_n557_;
  assign new_n559_ = p_22gat_3_ & ~new_n557_;
  assign p_1327gat_571_ = new_n558_ | new_n559_;
  assign new_n561_ = ~new_n383_ & new_n471_;
  assign new_n562_ = p_113gat_16_ & new_n561_;
  assign new_n563_ = new_n561_ & ~new_n562_;
  assign new_n564_ = p_113gat_16_ & ~new_n562_;
  assign p_1340gat_567_ = new_n563_ | new_n564_;
  assign new_n566_ = ~new_n358_ & new_n507_;
  assign new_n567_ = p_155gat_22_ & new_n566_;
  assign new_n568_ = new_n566_ & ~new_n567_;
  assign new_n569_ = p_155gat_22_ & ~new_n567_;
  assign p_1346gat_560_ = new_n568_ | new_n569_;
  assign new_n571_ = ~new_n171_ & new_n437_;
  assign new_n572_ = p_106gat_15_ & new_n571_;
  assign new_n573_ = new_n571_ & ~new_n572_;
  assign new_n574_ = p_106gat_15_ & ~new_n572_;
  assign p_1339gat_574_ = new_n573_ | new_n574_;
  assign new_n576_ = ~new_n122_ & new_n424_;
  assign new_n577_ = p_218gat_31_ & new_n576_;
  assign new_n578_ = new_n576_ & ~new_n577_;
  assign new_n579_ = p_218gat_31_ & ~new_n577_;
  assign p_1355gat_558_ = new_n578_ | new_n579_;
  assign new_n581_ = ~new_n245_ & new_n437_;
  assign new_n582_ = p_99gat_14_ & new_n581_;
  assign new_n583_ = new_n581_ & ~new_n582_;
  assign new_n584_ = p_99gat_14_ & ~new_n582_;
  assign p_1338gat_578_ = new_n583_ | new_n584_;
endmodule